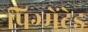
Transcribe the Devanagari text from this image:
पिग्मेंटेड